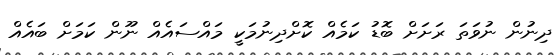
ދިނުން ނުވަތަ ރަށަށް ބޮޑު ކަމެއް ކޮށްދިނުމަކީ މައްސައެއް ނޫން ކަމަށް ބައެއް